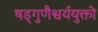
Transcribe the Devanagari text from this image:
षड्गुणैश्वर्ययुक्तो